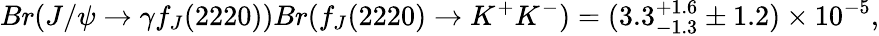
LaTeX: Br(J/\psi\rightarrow\gamma f_{J}(2220))Br(f_{J}(2220)\rightarrow K^{+}K^{-})=(3.3_{-1.3}^{+1.6}\pm 1.2)\times 10^{-5},